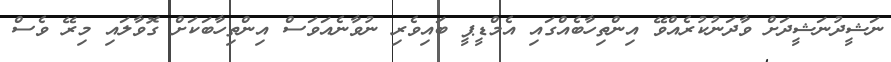
ނަޝީދުނަޝީދަށް ވާދަނުކުރެއްވޭ އިންތިހާބެއްގައި އެމްޑީޕީ ބައިވެރި ނުވާނެއަވަސް އިންތިހާބަކަށް ގޮވާލައި މިރޭ ވެސް